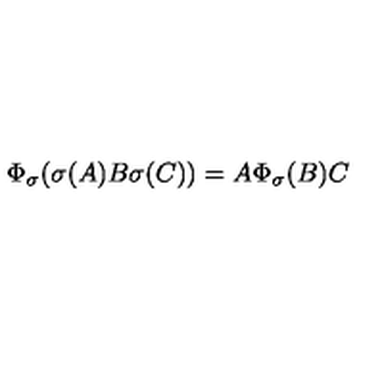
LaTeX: \Phi _ { \sigma } ( \sigma ( A ) B \sigma ( C ) ) = A \Phi _ { \sigma } ( B ) C